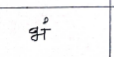
मजकूर: भं